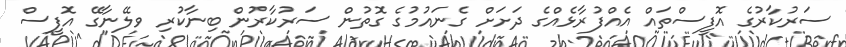
ސަރުކާރުގެ އޮފީސްތައް އެއްފުރާޅެއްގެ ދަށަށް ގެނައުމުގެ ގޮތުން ސަރުކާރުން ބިނާކުރި ވލޭނާގޭ އޮފީސް